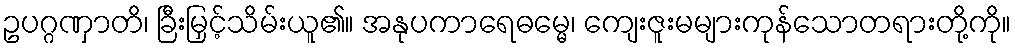
ဥပဂ္ဂဏှာတိ၊ ခြီးမြှင့်သိမ်းယူ၏။ အနုပကာရေဓမ္မေ၊ ကျေးဇူးမများကုန်သောတရားတို့ကို။